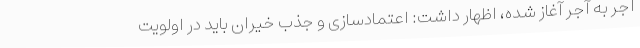
آجر به آجر آغاز شده، اظهار داشت: اعتمادسازی و جذب خیران باید در اولویت